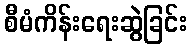
စီမံကိန်းရေးဆွဲခြင်း